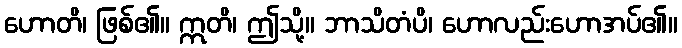
ဟောတိ၊ ဖြစ်၏။ ဣတိ၊ ဤသို့။ ဘာသိတံပိ၊ ဟောလည်းဟောအပ်၏။